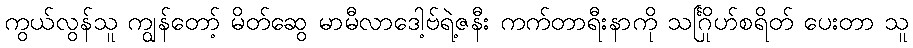
ကွယ်လွန်သူ ကျွန်တော့် မိတ်ဆွေ မာမီလာဒေါ့ဗ်ရဲ့ဇနီး ကက်တာရီးနာကို သင်္ဂြိုဟ်စရိတ် ပေးတာ သူ